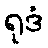
ရုဒံ